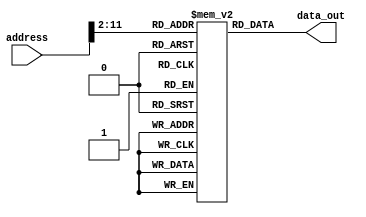
`timescale 1ns / 1ps
//////////////////////////////////////////////////////////////////////////////////
// Company: 
// Engineer: 
// 
// Design Name: 
// Module Name: rom
// Project Name: 
// Target Devices: 
// Tool Versions: 
// Description: 
// 
// Dependencies: 
// 
// Revision:
// Revision 0.01 - File Created
// Additional Comments:
// 
//////////////////////////////////////////////////////////////////////////////////


module rom(
    input [31:0] address,
    output [31:0] data_out
    );
    
    parameter HEX_LINE_MAX = 4096;
    reg[31:0] mem[0:HEX_LINE_MAX - 1];

    // TODO: consider migration of $intructions
    
    // benchmark_ccmb.hex
    initial begin
    mem[0] = 32'h20110001;
    mem[1] = 32'h08000c05;
    mem[2] = 32'h20110001;
    mem[3] = 32'h20120002;
    mem[4] = 32'h20130003;
    mem[5] = 32'h08000c09;
    mem[6] = 32'h20110001;
    mem[7] = 32'h20120002;
    mem[8] = 32'h20130003;
    mem[9] = 32'h08000c0d;
    mem[10] = 32'h20110001;
    mem[11] = 32'h20120002;
    mem[12] = 32'h20130003;
    mem[13] = 32'h08000c11;
    mem[14] = 32'h20110001;
    mem[15] = 32'h20120002;
    mem[16] = 32'h20130003;
    mem[17] = 32'h0c000cf5;
    mem[18] = 32'h20100001;
    mem[19] = 32'h20110001;
    mem[20] = 32'h00118fc0;
    mem[21] = 32'h00112020;
    mem[22] = 32'h20020022;
    mem[23] = 32'h0000000c;
    mem[24] = 32'h00118882;
    mem[25] = 32'h12200001;
    mem[26] = 32'h08000c15;
    mem[27] = 32'h00112020;
    mem[28] = 32'h20020022;
    mem[29] = 32'h0000000c;
    mem[30] = 32'h20110001;
    mem[31] = 32'h00118880;
    mem[32] = 32'h00112020;
    mem[33] = 32'h20020022;
    mem[34] = 32'h0000000c;
    mem[35] = 32'h12200001;
    mem[36] = 32'h08000c1f;
    mem[37] = 32'h20110001;
    mem[38] = 32'h00118fc0;
    mem[39] = 32'h00112020;
    mem[40] = 32'h20020022;
    mem[41] = 32'h0000000c;
    mem[42] = 32'h001188c3;
    mem[43] = 32'h00112020;
    mem[44] = 32'h20020022;
    mem[45] = 32'h0000000c;
    mem[46] = 32'h00118903;
    mem[47] = 32'h00112020;
    mem[48] = 32'h20020022;
    mem[49] = 32'h0000000c;
    mem[50] = 32'h00118903;
    mem[51] = 32'h00112020;
    mem[52] = 32'h20020022;
    mem[53] = 32'h0000000c;
    mem[54] = 32'h00118903;
    mem[55] = 32'h00112020;
    mem[56] = 32'h20020022;
    mem[57] = 32'h0000000c;
    mem[58] = 32'h00118903;
    mem[59] = 32'h00112020;
    mem[60] = 32'h20020022;
    mem[61] = 32'h0000000c;
    mem[62] = 32'h00118903;
    mem[63] = 32'h00112020;
    mem[64] = 32'h20020022;
    mem[65] = 32'h0000000c;
    mem[66] = 32'h00118903;
    mem[67] = 32'h00112020;
    mem[68] = 32'h20020022;
    mem[69] = 32'h0000000c;
    mem[70] = 32'h00118903;
    mem[71] = 32'h00112020;
    mem[72] = 32'h20020022;
    mem[73] = 32'h0000000c;
    mem[74] = 32'h20100001;
    mem[75] = 32'h00109fc0;
    mem[76] = 32'h00139fc3;
    mem[77] = 32'h00008021;
    mem[78] = 32'h2012000c;
    mem[79] = 32'h24160003;
    mem[80] = 32'h26100001;
    mem[81] = 32'h3210000f;
    mem[82] = 32'h20080008;
    mem[83] = 32'h20090001;
    mem[84] = 32'h00139900;
    mem[85] = 32'h02709825;
    mem[86] = 32'h00132020;
    mem[87] = 32'h20020022;
    mem[88] = 32'h0000000c;
    mem[89] = 32'h01094022;
    mem[90] = 32'h1500fff9;
    mem[91] = 32'h22100001;
    mem[92] = 32'h2018000f;
    mem[93] = 32'h02188024;
    mem[94] = 32'h00108700;
    mem[95] = 32'h20080008;
    mem[96] = 32'h20090001;
    mem[97] = 32'h00139902;
    mem[98] = 32'h02709825;
    mem[99] = 32'h00132021;
    mem[100] = 32'h20020022;
    mem[101] = 32'h0000000c;
    mem[102] = 32'h01094022;
    mem[103] = 32'h1500fff9;
    mem[104] = 32'h00108702;
    mem[105] = 32'h02c9b022;
    mem[106] = 32'h12c00001;
    mem[107] = 32'h08000c50;
    mem[108] = 32'h00004020;
    mem[109] = 32'h01084027;
    mem[110] = 32'h00084400;
    mem[111] = 32'h3508ffff;
    mem[112] = 32'h00082021;
    mem[113] = 32'h20020022;
    mem[114] = 32'h0000000c;
    mem[115] = 32'h2010ffff;
    mem[116] = 32'h20110000;
    mem[117] = 32'hae300000;
    mem[118] = 32'h22100001;
    mem[119] = 32'h22310004;
    mem[120] = 32'hae300000;
    mem[121] = 32'h22100001;
    mem[122] = 32'h22310004;
    mem[123] = 32'hae300000;
    mem[124] = 32'h22100001;
    mem[125] = 32'h22310004;
    mem[126] = 32'hae300000;
    mem[127] = 32'h22100001;
    mem[128] = 32'h22310004;
    mem[129] = 32'hae300000;
    mem[130] = 32'h22100001;
    mem[131] = 32'h22310004;
    mem[132] = 32'hae300000;
    mem[133] = 32'h22100001;
    mem[134] = 32'h22310004;
    mem[135] = 32'hae300000;
    mem[136] = 32'h22100001;
    mem[137] = 32'h22310004;
    mem[138] = 32'hae300000;
    mem[139] = 32'h22100001;
    mem[140] = 32'h22310004;
    mem[141] = 32'hae300000;
    mem[142] = 32'h22100001;
    mem[143] = 32'h22310004;
    mem[144] = 32'hae300000;
    mem[145] = 32'h22100001;
    mem[146] = 32'h22310004;
    mem[147] = 32'hae300000;
    mem[148] = 32'h22100001;
    mem[149] = 32'h22310004;
    mem[150] = 32'hae300000;
    mem[151] = 32'h22100001;
    mem[152] = 32'h22310004;
    mem[153] = 32'hae300000;
    mem[154] = 32'h22100001;
    mem[155] = 32'h22310004;
    mem[156] = 32'hae300000;
    mem[157] = 32'h22100001;
    mem[158] = 32'h22310004;
    mem[159] = 32'hae300000;
    mem[160] = 32'h22100001;
    mem[161] = 32'h22310004;
    mem[162] = 32'hae300000;
    mem[163] = 32'h22100001;
    mem[164] = 32'h22310004;
    mem[165] = 32'h22100001;
    mem[166] = 32'h00008020;
    mem[167] = 32'h2011003c;
    mem[168] = 32'h8e130000;
    mem[169] = 32'h8e340000;
    mem[170] = 32'h0274402a;
    mem[171] = 32'h11000002;
    mem[172] = 32'hae330000;
    mem[173] = 32'hae140000;
    mem[174] = 32'h2231fffc;
    mem[175] = 32'h1611fff8;
    mem[176] = 32'h00102020;
    mem[177] = 32'h20020022;
    mem[178] = 32'h0000000c;
    mem[179] = 32'h22100004;
    mem[180] = 32'h2011003c;
    mem[181] = 32'h1611fff2;
    mem[182] = 32'h20020032;
    mem[183] = 32'h0000000c;
    mem[184] = 32'h2008ffff;
    mem[185] = 32'h20117777;
    mem[186] = 32'h00112020;
    mem[187] = 32'h20020022;
    mem[188] = 32'h0000000c;
    mem[189] = 32'h200b0010;
    mem[190] = 32'h02288826;
    mem[191] = 32'h00112020;
    mem[192] = 32'h20020022;
    mem[193] = 32'h0000000c;
    mem[194] = 32'h216bffff;
    mem[195] = 32'h1560fffa;
    mem[196] = 32'h2002000a;
    mem[197] = 32'h0000000c;
    mem[198] = 32'h2008ffff;
    mem[199] = 32'h20117777;
    mem[200] = 32'h00112020;
    mem[201] = 32'h20020022;
    mem[202] = 32'h0000000c;
    mem[203] = 32'h200b0010;
    mem[204] = 32'h3a31ffff;
    mem[205] = 32'h00112020;
    mem[206] = 32'h20020022;
    mem[207] = 32'h0000000c;
    mem[208] = 32'h216bffff;
    mem[209] = 32'h1560fffa;
    mem[210] = 32'h2002000a;
    mem[211] = 32'h0000000c;
    mem[212] = 32'h20090000;
    mem[213] = 32'h200b0020;
    mem[214] = 32'h20110000;
    mem[215] = 32'h20120001;
    mem[216] = 32'ha1310000;
    mem[217] = 32'h00112020;
    mem[218] = 32'h20020022;
    mem[219] = 32'h0000000c;
    mem[220] = 32'h02328820;
    mem[221] = 32'h21290001;
    mem[222] = 32'h216bffff;
    mem[223] = 32'h1560fff8;
    mem[224] = 32'h200b0008;
    mem[225] = 32'h20090000;
    mem[226] = 32'h8d310000;
    mem[227] = 32'h00112020;
    mem[228] = 32'h20020022;
    mem[229] = 32'h0000000c;
    mem[230] = 32'h21290004;
    mem[231] = 32'h216bffff;
    mem[232] = 32'h1560fff9;
    mem[233] = 32'h2002000a;
    mem[234] = 32'h0000000c;
    mem[235] = 32'h2011fff1;
    mem[236] = 32'h00112020;
    mem[237] = 32'h20020022;
    mem[238] = 32'h0000000c;
    mem[239] = 32'h22310001;
    mem[240] = 32'h1a20fffb;
    mem[241] = 32'h2002000a;
    mem[242] = 32'h0000000c;
    mem[243] = 32'h2002000a;
    mem[244] = 32'h0000000c;
    mem[245] = 32'h20100000;
    mem[246] = 32'h22100001;
    mem[247] = 32'h00102020;
    mem[248] = 32'h20020022;
    mem[249] = 32'h0000000c;
    mem[250] = 32'h22100002;
    mem[251] = 32'h00102020;
    mem[252] = 32'h20020022;
    mem[253] = 32'h0000000c;
    mem[254] = 32'h22100003;
    mem[255] = 32'h00102020;
    mem[256] = 32'h20020022;
    mem[257] = 32'h0000000c;
    mem[258] = 32'h22100004;
    mem[259] = 32'h00102020;
    mem[260] = 32'h20020022;
    mem[261] = 32'h0000000c;
    mem[262] = 32'h22100005;
    mem[263] = 32'h00102020;
    mem[264] = 32'h20020022;
    mem[265] = 32'h0000000c;
    mem[266] = 32'h22100006;
    mem[267] = 32'h00102020;
    mem[268] = 32'h20020022;
    mem[269] = 32'h0000000c;
    mem[270] = 32'h22100007;
    mem[271] = 32'h00102020;
    mem[272] = 32'h20020022;
    mem[273] = 32'h0000000c;
    mem[274] = 32'h22100008;
    mem[275] = 32'h00102020;
    mem[276] = 32'h20020022;
    mem[277] = 32'h20020022;
    mem[278] = 32'h0000000c;
    mem[279] = 32'h03e00008;
    end

    assign data_out = mem[address[11:2]];
endmodule